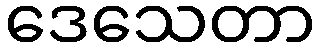
ဒေသေတာ